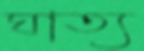
ঘাত্য